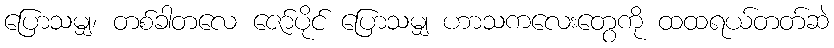
ပြောသမျှ၊ တစ်ခါတလေ ဇော်ပိုင် ပြောသမျှ ဟာသကလေးတွေကို ထထရယ်တတ်ဆဲ